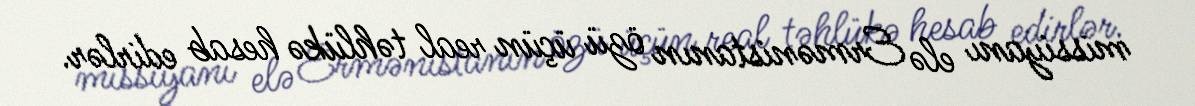
missiyanı elə Ermənistanın özü üçün real təhlükə hesab edirlər.